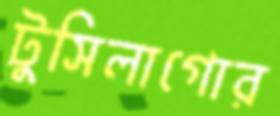
টুসিলাগোর